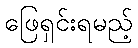
ဖြေရှင်းရမည့်